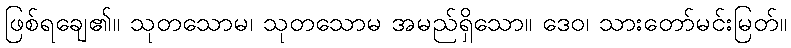
ဖြစ်ရချေ၏။ သုတသောမ၊ သုတသောမ အမည်ရှိသော။ ဒေဝ၊ သားတော်မင်းမြတ်။